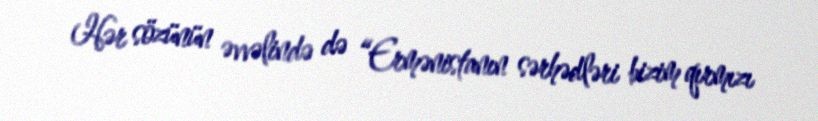
Hər sözünün əvvəlində də “Ermənistanın sərhədləri bizim qırmızı